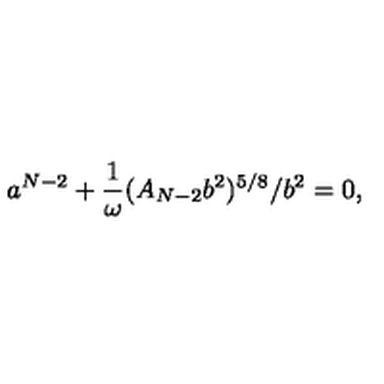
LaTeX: a ^ { N - 2 } + \frac { 1 } { \omega } ( A _ { N - 2 } b ^ { 2 } ) ^ { 5 / 8 } / b ^ { 2 } = 0 ,